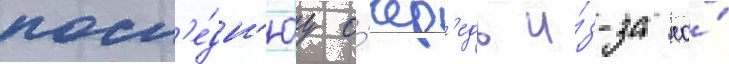
посл'е́дн'юу о́чер'едь и́з-за ео́